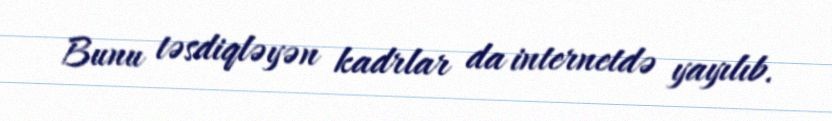
Bunu təsdiqləyən kadrlar da internetdə yayılıb.